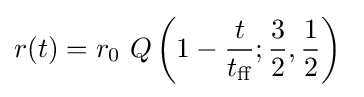
r(t)=r_{0}~Q\left(1-{\frac {t}{t_{\text{ff}}}};{\frac {3}{2}},{\frac {1}{2}}\right)~